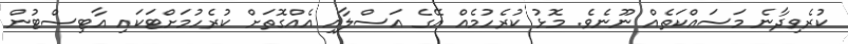
ކުރެވިދާނެ މަސައްކަތެއް ނޫނެވެ. މޮޅު ކުރެހުމެއް އޭގެ އަސްލާއި އެއްގޮތަށް ކުރެހުމަށްޓަކައި އާޓިސްޓުން